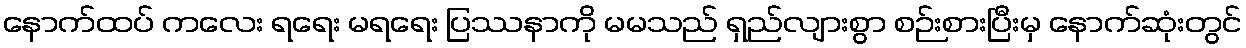
နောက်ထပ် ကလေး ရရေး မရရေး ပြဿနာကို မမသည် ရှည်လျားစွာ စဉ်းစားပြီးမှ နောက်ဆုံးတွင်